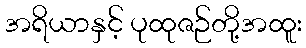
အရိယာနှင့် ပုထုဇဉ်တို့အထူး